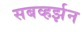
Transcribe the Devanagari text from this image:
सबव्हर्झन